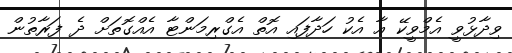
ވިދާޅުވީ އެމްވީކޭ އާ އެކު ހަދާފައި އޮތް އެގްރިމަންޓާ އެއްްގޮތަށް ދެ ފަރާތުން